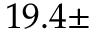
1 9 . 4 \pm